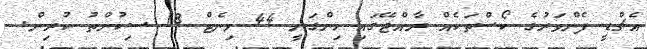
އެޗްޑީ ފެންވަރުގެ ކޯސްތަކެއް ރާއްޖޭގައި ހިންގަނީ 44 މިނެޓް 18 ސިކުންތު ކުރިން.